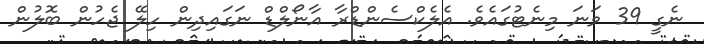
ނެގީ 39 ވަނަ މިނެޓުގައެވެ. އެލެކްސެންޑްރާ އާނޯލްޑް ނަގައިދިން ހިލޭ ޖެހުން ބޮލުން